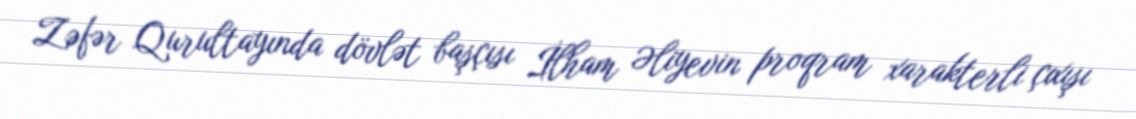
Zəfər Qurultayında dövlət başçısı İlham Əliyevin proqram xarakterli çıxışı